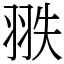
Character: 翐